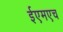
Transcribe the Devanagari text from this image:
ईएमएच